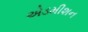
એડમીશન